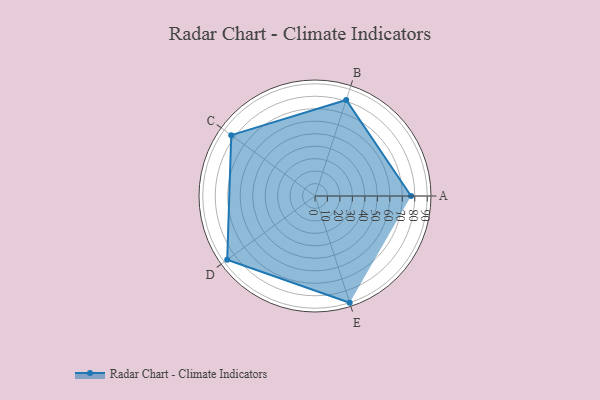
{"axis": {"x": "Skill", "y": "Score"}, "legend": ["Profile"], "data": [{"x": "A", "y": 77.0, "type": "Profile"}, {"x": "B", "y": 81.0, "type": "Profile"}, {"x": "C", "y": 83.0, "type": "Profile"}, {"x": "D", "y": 87.0, "type": "Profile"}, {"x": "E", "y": 90.0, "type": "Profile"}]}